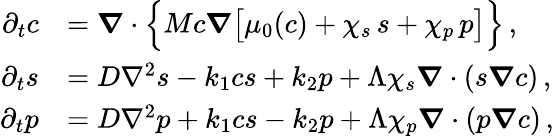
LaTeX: \begin{array}{rl}{\partial_{t}c}&{=\boldsymbol\nabla\cdot\Bigl\{ Mc\boldsymbol\nabla\bigl[\mu_{0}(c)+\chi_{s}\, s+\chi_{p}\, p\bigr]\Bigr\} \, ,}\\ {\partial_{t}s}&{=D\nabla^{2}s-k_{1}cs+k_{2}p+\Lambda\chi_{s}\boldsymbol\nabla\cdot(s\boldsymbol\nabla c)\, ,}\\ {\partial_{t}p}&{=D\nabla^{2}p+k_{1}cs-k_{2}p+\Lambda\chi_{p}\boldsymbol\nabla\cdot(p\boldsymbol\nabla c)\, ,}\end{array}